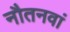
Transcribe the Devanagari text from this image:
नौतनवां